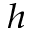
_ h